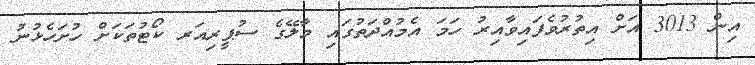
އިން 3013 އަށް އިތުރުވެފައިވާއިރު ހަމަ އެމުއްދަތުގައި މާލޭގެ ސުޕީރިއަރ ކޯޓުތަކަށް ހުށަހެޅުނު